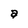
Character: a